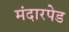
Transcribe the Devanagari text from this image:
मंदारपेड